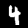
Label: 4